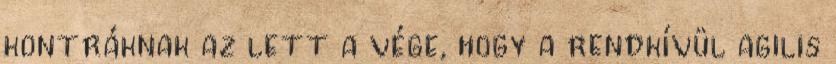
kontráknak az lett a vége, hogy a rendkívül agilis